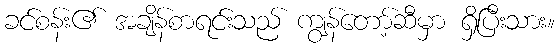
ခင်စန်း၏ အချိန်စာရင်းသည် ကျွန်တော့်ဆီမှာ ရှိပြီးသား။